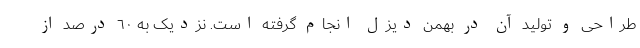
طراحی و تولید آن در بهمن دیزل انجام گرفته است. نزدیک به ٦٠ درصد از